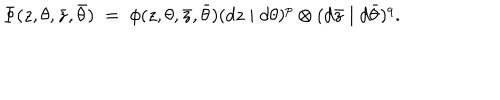
\Phi ( z , \theta , \bar { z } , \bar { \theta } ) \; = \; \phi ( z , \theta , \bar { z } , \bar { \theta } ) ( d z \mid d \theta ) ^ { p } \otimes ( d \bar { z } \mid d \bar { \theta } ) ^ { q } .